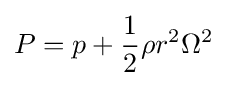
P=p+{\frac {1}{2}}\rho r^{2}\Omega ^{2}